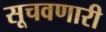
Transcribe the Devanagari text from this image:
सूचवणारी